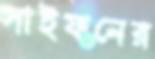
সাইফনের